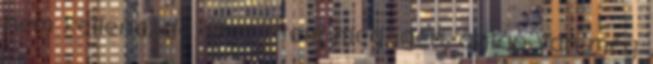
nem kellene, de szerintem meg igen. aztán van még